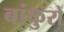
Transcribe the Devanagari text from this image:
बांकुरों